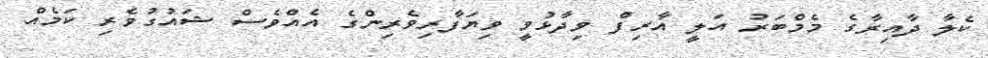
ކެލާ ދާއިރާގެ މެމްބަރު އަލީ އާރިފް ވިދާޅުވީ ވިޔަފާރިވެރިންގެ އެއްވެސް ޝައުގުވެރި ކަމެއް